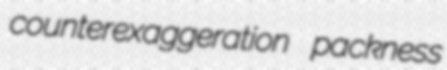
counterexaggeration packness